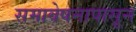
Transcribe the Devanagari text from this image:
समावेषनापासून